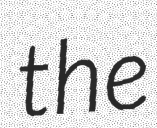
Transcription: the